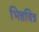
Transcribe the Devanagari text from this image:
भित्तचित्र